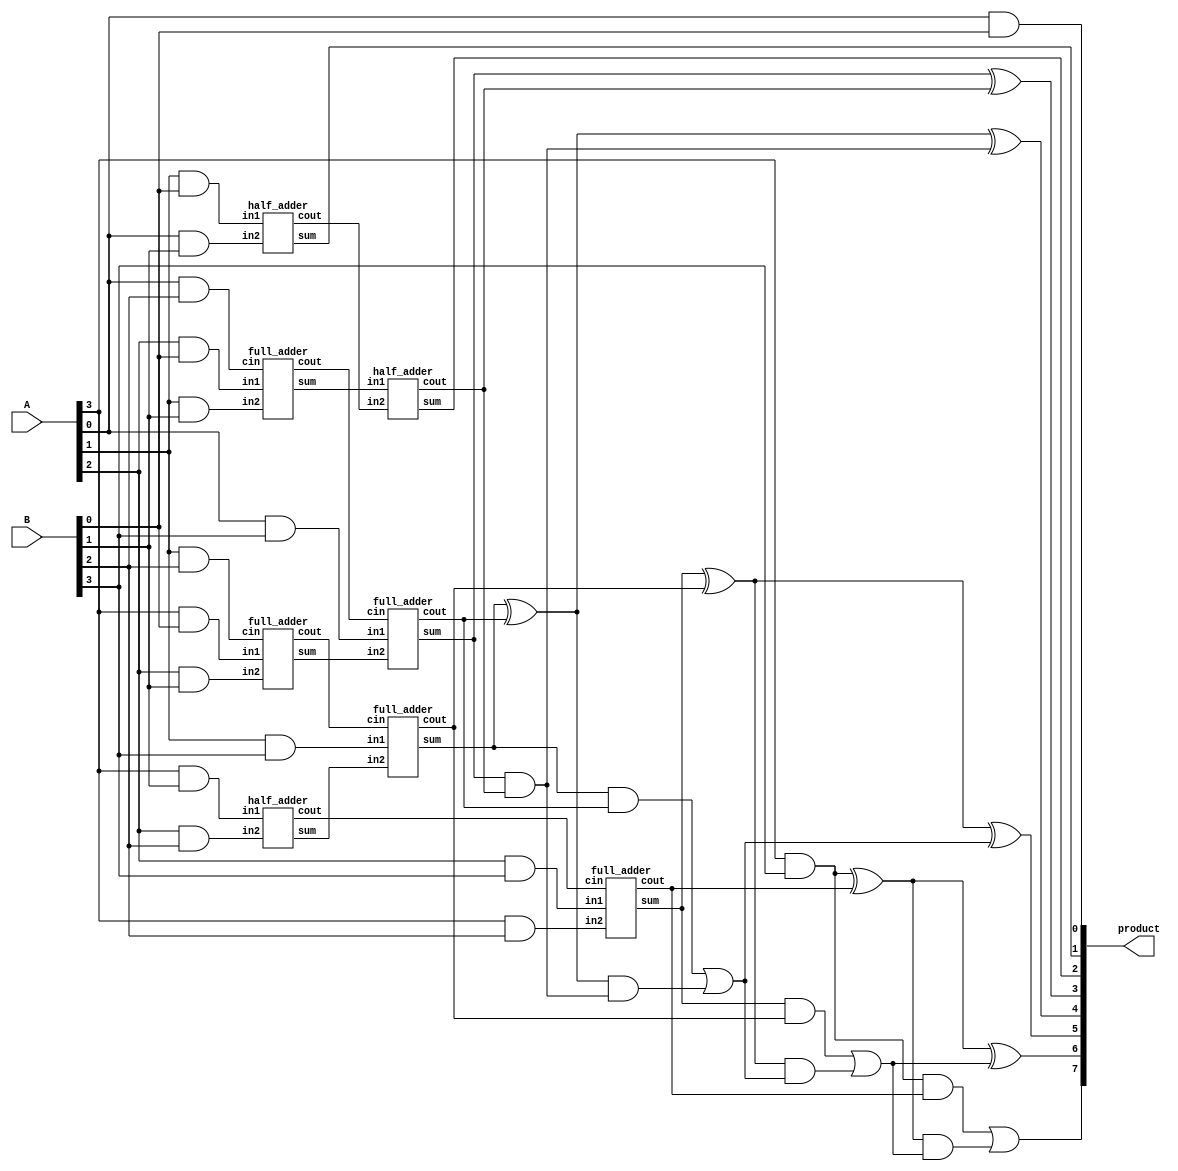
module wallace_unsigned_multiplier_CLA_4(product, A, B);
    input [3:0] A, B;
    output [7:0] product;

    wire [3:0] pp0, pp1, pp2, pp3;

    and AND01(pp0[0], A[0], B[0]);
    and AND02(pp0[1], A[1], B[0]);
    and AND03(pp0[2], A[2], B[0]);
    and AND04(pp0[3], A[3], B[0]);
    and AND05(pp1[0], A[0], B[1]);
    and AND06(pp1[1], A[1], B[1]);
    and AND07(pp1[2], A[2], B[1]);
    and AND08(pp1[3], A[3], B[1]);
    and AND09(pp2[0], A[0], B[2]);
    and AND10(pp2[1], A[1], B[2]);
    and AND11(pp2[2], A[2], B[2]);
    and AND12(pp2[3], A[3], B[2]);
    and AND13(pp3[0], A[0], B[3]);
    and AND14(pp3[1], A[1], B[3]);
    and AND15(pp3[2], A[2], B[3]);
    and AND16(pp3[3], A[3], B[3]);

    assign product[0] = pp0[0];

/* First Stage */
    half_adder ha1(s11, c11, pp0[1], pp1[0]);
    full_adder fa1(s12, c12, pp0[2], pp1[1], pp2[0]);
    full_adder fa2(s13, c13, pp0[3], pp1[2], pp2[1]);
    half_adder ha2(s14, c14,         pp1[3], pp2[2]);

/* Second Stage */
    assign product[1] = s11;
    half_adder ha3(s21,        c21,         s12,    c11);
    full_adder fa3(s22,        c22, pp3[0], s13,    c12);
    full_adder fa4(s23,        c23, pp3[1], s14,    c13);
    full_adder fa5(s24,        c24, pp3[2], pp2[3], c14);

/* Final Stage uses Carry Look-Ahead Adder */
    assign product[2] = s21;

    wire [3:0] G; /* Generate */
    wire [3:0] P; /* Propagate */
    wire [3:0] C; /* Carry */
    assign G[0] = s22    & c21;
    assign G[1] = s23    & c22;
    assign G[2] = s24    & c23;
    assign G[3] = pp3[3] & c24;
    assign P[0] = s22    ^ c21;
    assign P[1] = s23    ^ c22;
    assign P[2] = s24    ^ c23;
    assign P[3] = pp3[3] ^ c24;

    //assign C[0] = 0;
    assign C[1] = G[0];
    assign C[2] = G[1] | (P[1] & C[1]);
    assign C[3] = G[2] | (P[2] & C[2]);
    assign product[7]  = G[3] | (P[3] & C[3]);

    assign product[3] = P[0]; 
    assign product[4] = P[1] ^ C[1];
    assign product[5] = P[2] ^ C[2];
    assign product[6] = P[3] ^ C[3];
endmodule

module half_adder(output wire sum,
                  output wire cout,
                  input wire in1,
                  input wire in2);
    xor(sum, in1, in2);
    and(cout, in1, in2);
endmodule

module full_adder(output wire sum,
                  output wire cout,
                  input wire in1,
                  input wire in2,
                  input wire cin);
    wire temp1;
    wire temp2;
    wire temp3;
    xor(sum, in1, in2, cin);
    and(temp1,in1,in2);
    and(temp2,in1,cin);
    and(temp3,in2,cin);
    or(cout,temp1,temp2,temp3);
endmodule